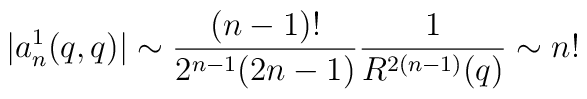
|a_n^1(q,q)| \sim \frac{(n-1)!}{2^{n-1} (2n-1)}  \frac{1}{R^{2(n-1)}(q)} \sim n!